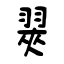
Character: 翜